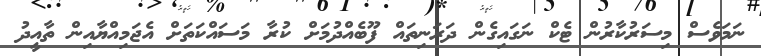
ނަމަވެސް މިސަރުކާރުން ޓެކް ނަގައިގެން ދަރަނިތައް ފޫބެއްދުމަށް ކުރާ މަސައްކަތަށް އެޖަމިއްޔާއިން ތާއީދު